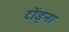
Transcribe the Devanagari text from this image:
टोंड्ना